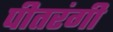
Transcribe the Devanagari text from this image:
पीतरंगी